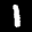
Label: 1